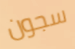
سجون